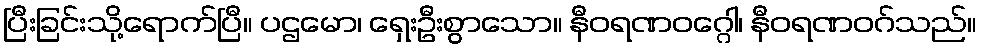
ပြီးခြင်းသို့ရောက်ပြီ။ ပဌမော၊ ရှေးဦးစွာသော။ နီဝရဏဝဂ္ဂေါ၊ နီဝရဏဝဂ်သည်။